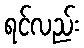
ရင်လည်း